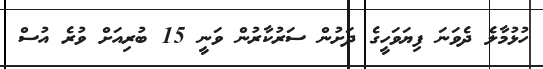
ހުޅުމާލެ ދެވަނަ ފިޔަވަހީގެ ދަށުން ސަރުކާރުން ވަނީ 15 ބުރިއަށް ވުރެ އުސް